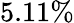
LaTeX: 5.11\%